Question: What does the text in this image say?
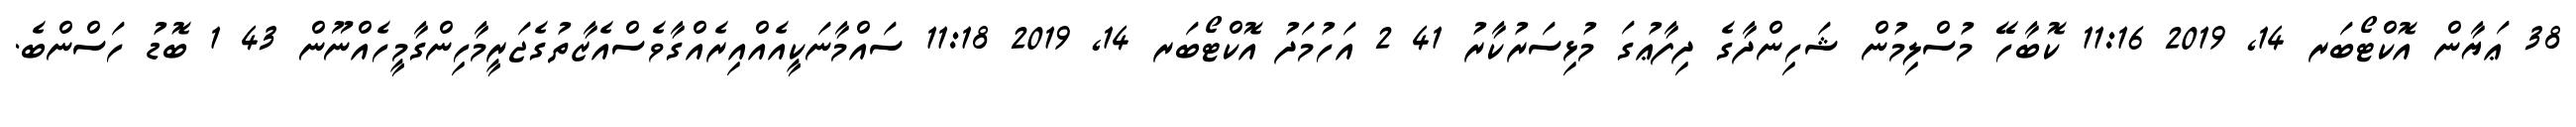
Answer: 38 ޢަޔާން އޮކްޓޯބަރ 14, 2019 11:16 ކޮބާހޭ މުސްލިމުން ޝަހިންދާގެ ދިފާޢުގަ މުޅިސަރުކާރު 41 2 އަހުމަދު އޮކްޓޯބަރ 14, 2019 11:18 ސައްމާނަކީއެއްއިރެއްގާވެސްއެޒާތުގެޖަރީމާހިންގާމީހެއްނޫން 43 1 ބޮޑު ހަސްންބެ.